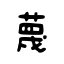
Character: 蔑